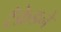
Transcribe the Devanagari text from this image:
टँक्रेडने